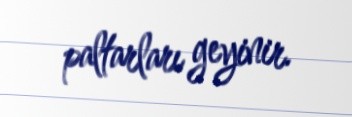
paltarları geyinir.